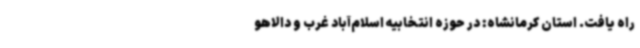
راه یافت. استان کرمانشاه: در حوزه انتخابیه اسلام‌آباد غرب و دالاهو